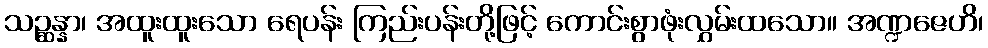
သဉ္ဆန္နာ၊ အထူးထူးသော ရေပန်း ကြည်းပန်းတို့ဖြင့် ကောင်းစွာဖုံးလွှမ်းထသော။ အဏ္ဍဇေဟိ၊